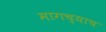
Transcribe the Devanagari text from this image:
मागच्याच